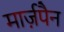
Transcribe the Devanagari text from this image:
मार्ज़पैन